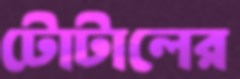
টোটালের